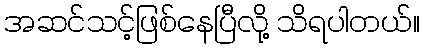
အဆင်သင့်ဖြစ်နေပြီလို့ သိရပါတယ်။